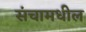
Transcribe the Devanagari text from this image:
संचामधील